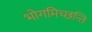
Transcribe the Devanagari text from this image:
भोगमिच्छन्ति